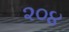
૨૦૪